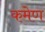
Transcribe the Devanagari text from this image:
कमेण